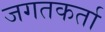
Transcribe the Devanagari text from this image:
जगतकर्ता